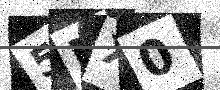
Text: 5MX0